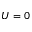
U = 0